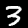
Label: 3